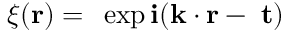
\xi ( \bf r ) = \xi \exp { i ( k \cdot r - \omega t ) }